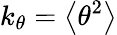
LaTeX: k_{\theta}=\left<\theta^{2}\right>